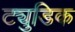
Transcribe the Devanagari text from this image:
ट्युडिक